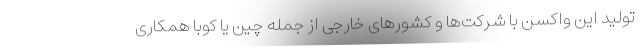
تولید این واکسن با شرکت‌ها و کشورهای خارجی از جمله چین یا کوبا همکاری